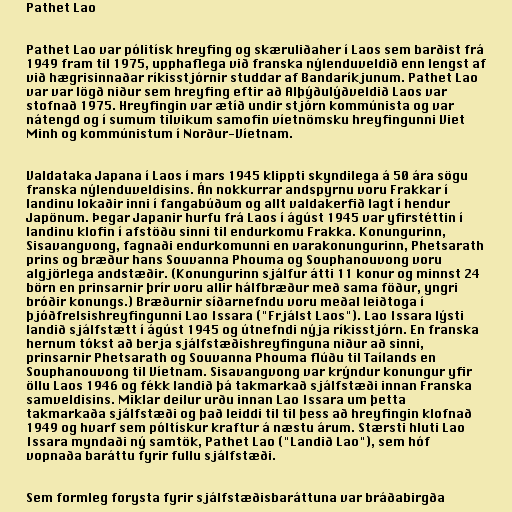
Pathet Lao

Pathet Lao var pólitísk hreyfing og skæruliðaher í Laos sem barðist frá
1949 fram til 1975, upphaflega við franska nýlenduveldið enn lengst af
við hægrisinnaðar ríkisstjórnir studdar af Bandaríkjunum. Pathet Lao
var var lögð niður sem hreyfing eftir að Alþýðulýðveldið Laos var
stofnað 1975. Hreyfingin var ætíð undir stjórn kommúnista og var
nátengd og í sumum tilvikum samofin víetnömsku hreyfingunni Viet
Minh og kommúnistum í Norður-Víetnam.

Valdataka Japana í Laos í mars 1945 klippti skyndilega á 50 ára sögu
franska nýlenduveldisins. Án nokkurrar andspyrnu voru Frakkar í
landinu lokaðir inni í fangabúðum og allt valdakerfið lagt í hendur
Japönum. Þegar Japanir hurfu frá Laos í ágúst 1945 var yfirstéttin í
landinu klofin í afstöðu sinni til endurkomu Frakka. Konungurinn,
Sisavangvong, fagnaði endurkomunni en varakonungurinn, Phetsarath
prins og bræður hans Souvanna Phouma og Souphanouvong voru
algjörlega andstæðir. (Konungurinn sjálfur átti 11 konur og minnst 24
börn en prinsarnir þrír voru allir hálfbræður með sama föður, yngri
bróðir konungs.) Bræðurnir síðarnefndu voru meðal leiðtoga í
þjóðfrelsishreyfingunni Lao Issara ("Frjálst Laos"). Lao Issara lýsti
landið sjálfstætt í ágúst 1945 og útnefndi nýja ríkisstjórn. En franska
hernum tókst að berja sjálfstæðishreyfinguna niður að sinni,
prinsarnir Phetsarath og Souvanna Phouma flúðu til Taílands en
Souphanouvong til Víetnam. Sisavangvong var krýndur konungur yfir
öllu Laos 1946 og fékk landið þá takmarkað sjálfstæði innan Franska
samveldisins. Miklar deilur urðu innan Lao Issara um þetta
takmarkaða sjálfstæði og það leiddi til til þess að hreyfingin klofnað
1949 og hvarf sem póltískur kraftur á næstu árum. Stærsti hluti Lao
Issara myndaði ný samtök, Pathet Lao ("Landið Lao"), sem hóf
vopnaða baráttu fyrir fullu sjálfstæði.

Sem formleg forysta fyrir sjálfstæðisbaráttuna var bráðabirgða